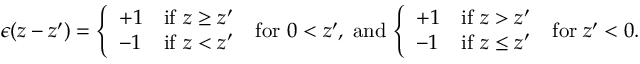
\epsilon ( z - z ^ { \prime } ) = \left\{ \begin{array} { l l } { { + 1 } } & { { \mathrm { i f } \ z \ge z ^ { \prime } } } \\ { { - 1 } } & { { \mathrm { i f } \ z < z ^ { \prime } } } \end{array} \right. \; \mathrm { f o r } \ 0 < z ^ { \prime } , \; \mathrm { a n d } \, \left\{ \begin{array} { l l } { { + 1 } } & { { \mathrm { i f } \ z > z ^ { \prime } } } \\ { { - 1 } } & { { \mathrm { i f } \ z \leq z ^ { \prime } } } \end{array} \right. \; \mathrm { f o r } \; z ^ { \prime } < 0 .